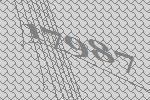
17987